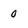
Character: 0